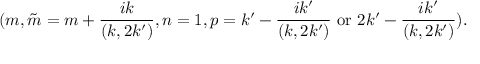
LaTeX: ( m , \tilde { m } = m + \frac { i k } { ( k , 2 k ^ { \prime } ) } , n = 1 , p = k ^ { \prime } - \frac { i k ^ { \prime } } { ( k , 2 k ^ { \prime } ) } \mathrm { ~ o r ~ } 2 k ^ { \prime } - \frac { i k ^ { \prime } } { ( k , 2 k ^ { \prime } ) } ) .